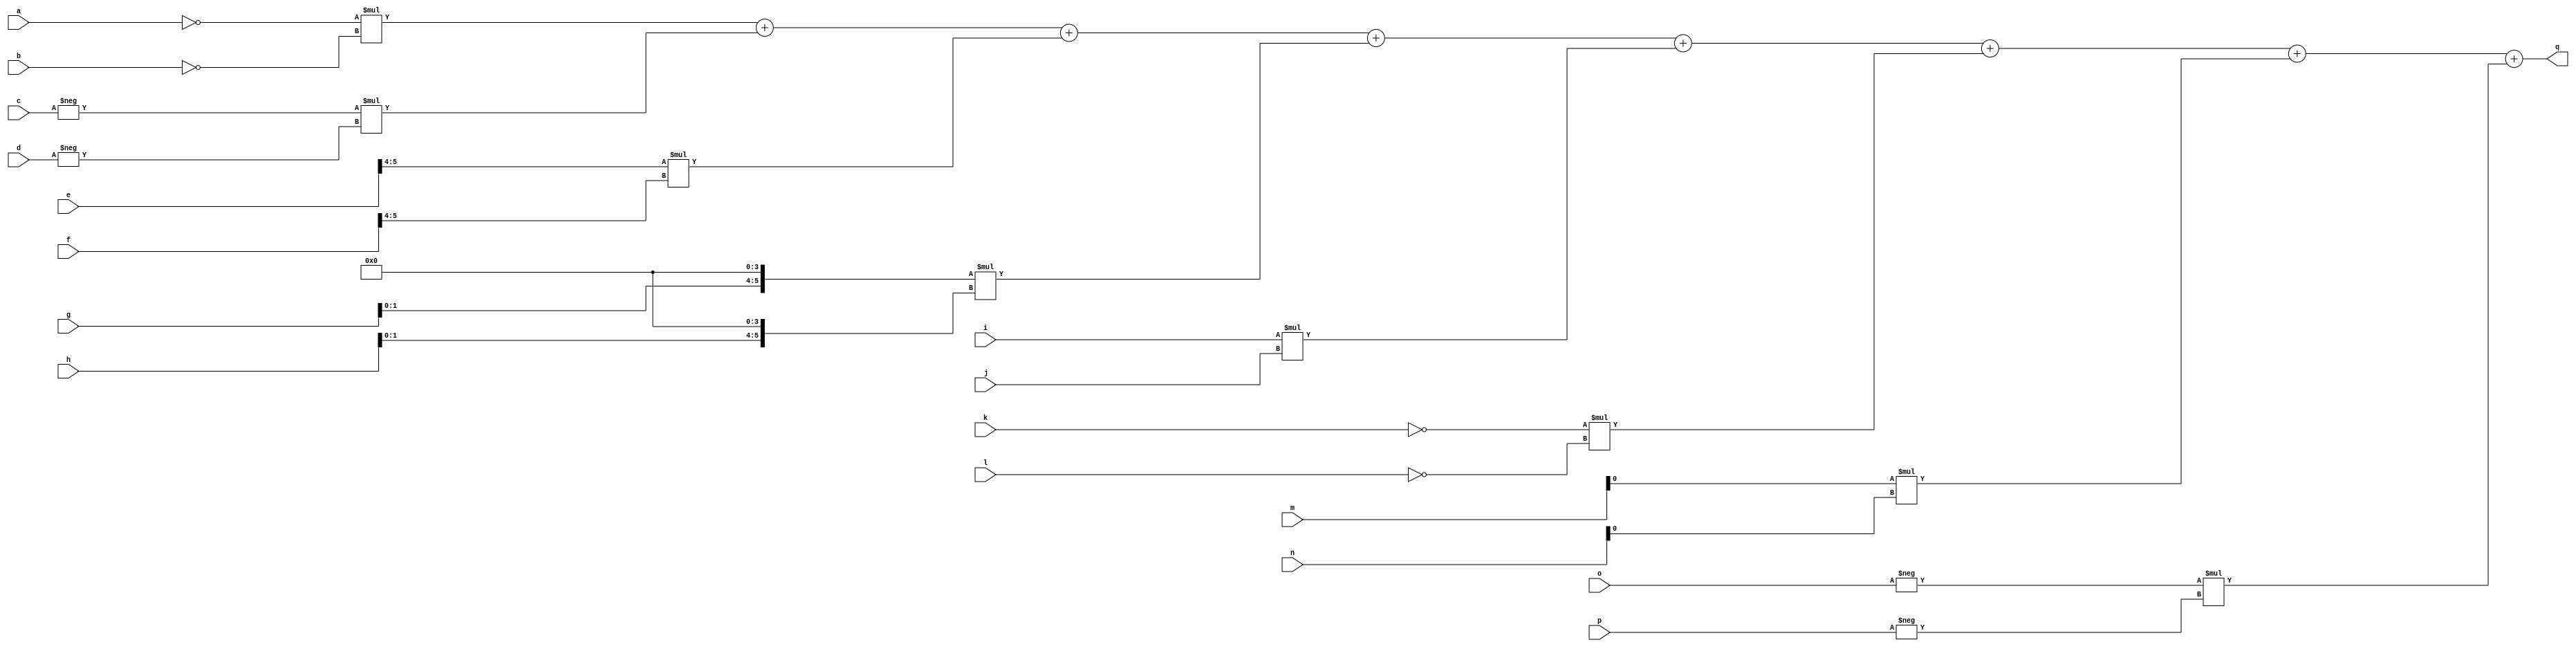
module top_word(a, b, c, d, e, f, g, h, i, j, k, l, m, n, o, p, q);
input signed [5:0] a;
input signed [5:0] b;
input signed [5:0] c;
input signed [5:0] d;
input signed [5:0] e;
input signed [5:0] f;
input signed [5:0] g;
input signed [5:0] h;
input signed [5:0] i;
input signed [5:0] j;
input signed [5:0] k;
input signed [5:0] l;
input signed [5:0] m;
input signed [5:0] n;
input signed [5:0] o;
input signed [5:0] p;
output signed [8:0] q;

wire signed [5:0] np3_a = ~a;
wire signed [5:0] np3_b = ~b;
wire signed [5:0] np3_c = -c;
wire signed [5:0] np3_d = -d;
wire signed [5:0] np3_e = e >>> 4;
wire signed [5:0] np3_f = f >>> 4;
wire signed [5:0] np3_g = g <<< 4;
wire signed [5:0] np3_h = h <<< 4;
wire signed [5:0] np3_i = i;
wire signed [5:0] np3_j = j;
wire signed [5:0] np3_k = ~k;
wire signed [5:0] np3_l = ~l;
wire signed [5:0] np3_m = {6{m[0]}};
wire signed [5:0] np3_n = {6{n[0]}};
wire signed [5:0] np3_o = -o;
wire signed [5:0] np3_p = -p;

assign q = np3_a*np3_b + np3_c*np3_d + np3_e*np3_f + np3_g*np3_h + np3_i*np3_j + np3_k*np3_l + np3_m*np3_n + np3_o*np3_p;

endmodule